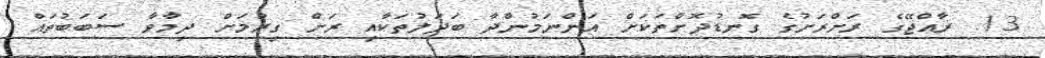
13. ރާއްޖޭގެ ރަށްރަށުގެ ގޮނޑުދޮށްތަކަށް އަންނަމުންދާ ބަދަލުތަކާއި ރަށް ގިރުމަށް ދިމާވާ ސަބަބުތައް